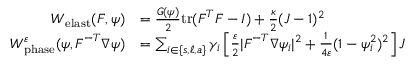
\begin{array} { r l } { W _ { \mathrm { e l a s t } } ( \boldsymbol { F } , \psi ) } & { = \frac { G ( \psi ) } { 2 } \mathrm { t r } ( \boldsymbol { F } ^ { T } \boldsymbol { F } - I ) + \frac { \kappa } { 2 } ( J - 1 ) ^ { 2 } } \\ { W _ { \mathrm { p h a s e } } ^ { \varepsilon } ( \psi , \boldsymbol { F } ^ { - T } \nabla \psi ) } & { = \sum _ { i \in \{ s , \ell , a \} } \gamma _ { i } \left[ \frac { \varepsilon } { 2 } | \boldsymbol { F } ^ { - T } \nabla \psi _ { i } | ^ { 2 } + \frac { 1 } { 4 \varepsilon } ( 1 - \psi _ { i } ^ { 2 } ) ^ { 2 } \right] J } \end{array}